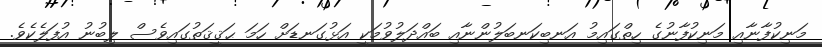
މަނިކުފާނާއި މަނިކުފާނުގެ ހިތްގައިމު އަނބިކަނބަލުންނާއި ބައްދަލުވުމަކީ އަޅުގަނޑަށް ހަމަ ޙަޤީޤަތުގައިވެސް ލިބުނު އުފަލެކެވެ.